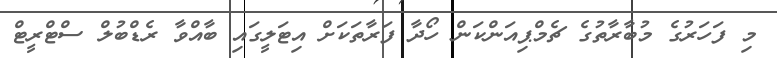
މި ފަހަރުގެ މުބާރާތުގެ ޗެމްޕިއަންކަން ހޯދާ ފަރާތަކަށް އިޓަލީގައި ބާއްވާ ރެޑްބުލް ސްޓްރީޓް